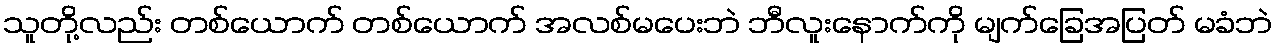
သူတို့လည်း တစ်ယောက် တစ်ယောက် အလစ်မပေးဘဲ ဘီလူးနောက်ကို မျက်ခြေအပြတ် မခံဘဲ